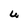
Character: U